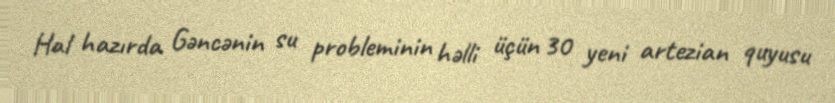
Hal hazırda Gəncənin su probleminin həlli üçün 30 yeni artezian quyusu